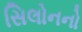
સિલોનનો